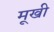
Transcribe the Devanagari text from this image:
मूखी